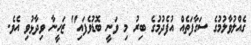
ގެއްލުވާލުމުގެ ސަގާފަތެއް އުފެދުމުގެ ބިރު މި ވަނީ ބޮޑުވެފައި" ޒަހީނާ ވިދާޅުވި އެވެ.